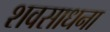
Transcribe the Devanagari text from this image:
शवसाधना